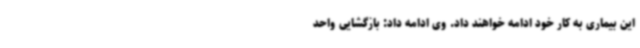
این بیماری به کار خود ادامه خواهند داد. وی ادامه داد: بازگشایی واحد